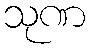
သုဏ